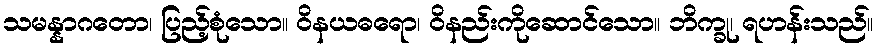
သမန္နာဂတော၊ ပြည့်စုံသော။ ဝိနယဓရော၊ ဝိနည်းကိုဆောင်သော။ ဘိက္ခု၊ ရဟန်းသည်။